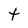
Character: t